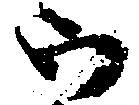
ウ